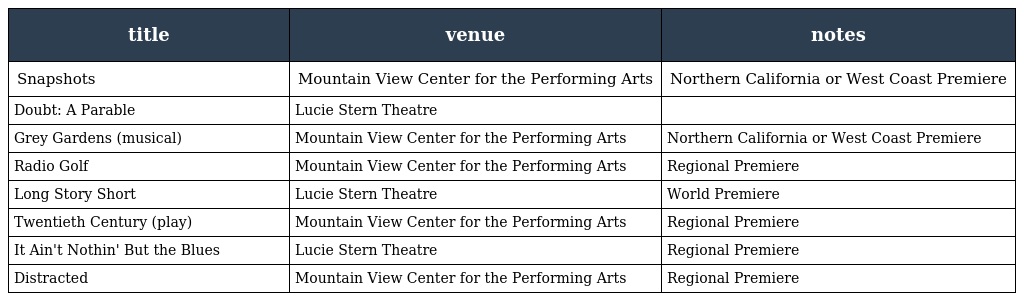
| title | venue | notes |
 | --- | --- | --- |
 | Snapshots | Mountain View Center for the Performing Arts | Northern California or West Coast Premiere |
 | Doubt: A Parable | Lucie Stern Theatre |  |
 | Grey Gardens (musical) | Mountain View Center for the Performing Arts | Northern California or West Coast Premiere |
 | Radio Golf | Mountain View Center for the Performing Arts | Regional Premiere |
 | Long Story Short | Lucie Stern Theatre | World Premiere |
 | Twentieth Century (play) | Mountain View Center for the Performing Arts | Regional Premiere |
 | It Ain't Nothin' But the Blues | Lucie Stern Theatre | Regional Premiere |
 | Distracted | Mountain View Center for the Performing Arts | Regional Premiere |